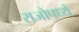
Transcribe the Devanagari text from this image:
राजोपध्ये